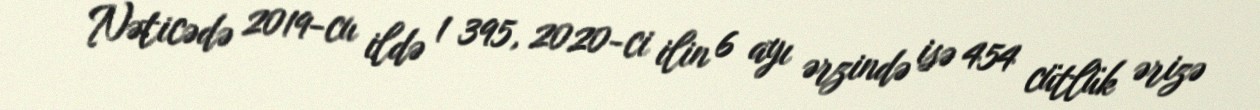
Nəticədə 2019-cu ildə 1 395, 2020-ci ilin 6 ayı ərzində isə 454 cütlük ərizə